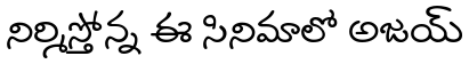
నిర్మిస్తోన్న ఈ సినిమాలో అజయ్